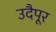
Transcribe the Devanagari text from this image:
उदैपूर